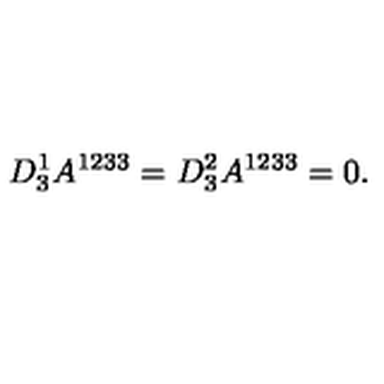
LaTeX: D _ { 3 } ^ { 1 } A ^ { 1 2 3 3 } = D _ { 3 } ^ { 2 } A ^ { 1 2 3 3 } = 0 .